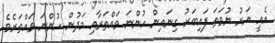
އެއީ ނަރު ނުވަތަ ފައިބަރު ގިނައިން ހުންނަ ވައްތަރާއި މަދުން ހުންނަ ވައްތަރެވެ.